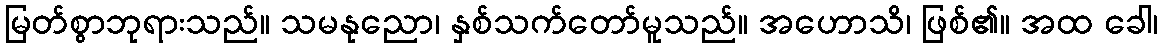
မြတ်စွာဘုရားသည်။ သမနုညော၊ နှစ်သက်တော်မူသည်။ အဟောသိ၊ ဖြစ်၏။ အထ ခေါ၊